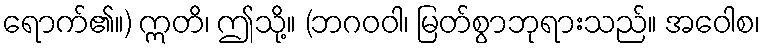
ရောက်၏။) ဣတိ၊ ဤသို့။ (ဘဂဝဝါ၊ မြတ်စွာဘုရားသည်။ အဝေါစ၊